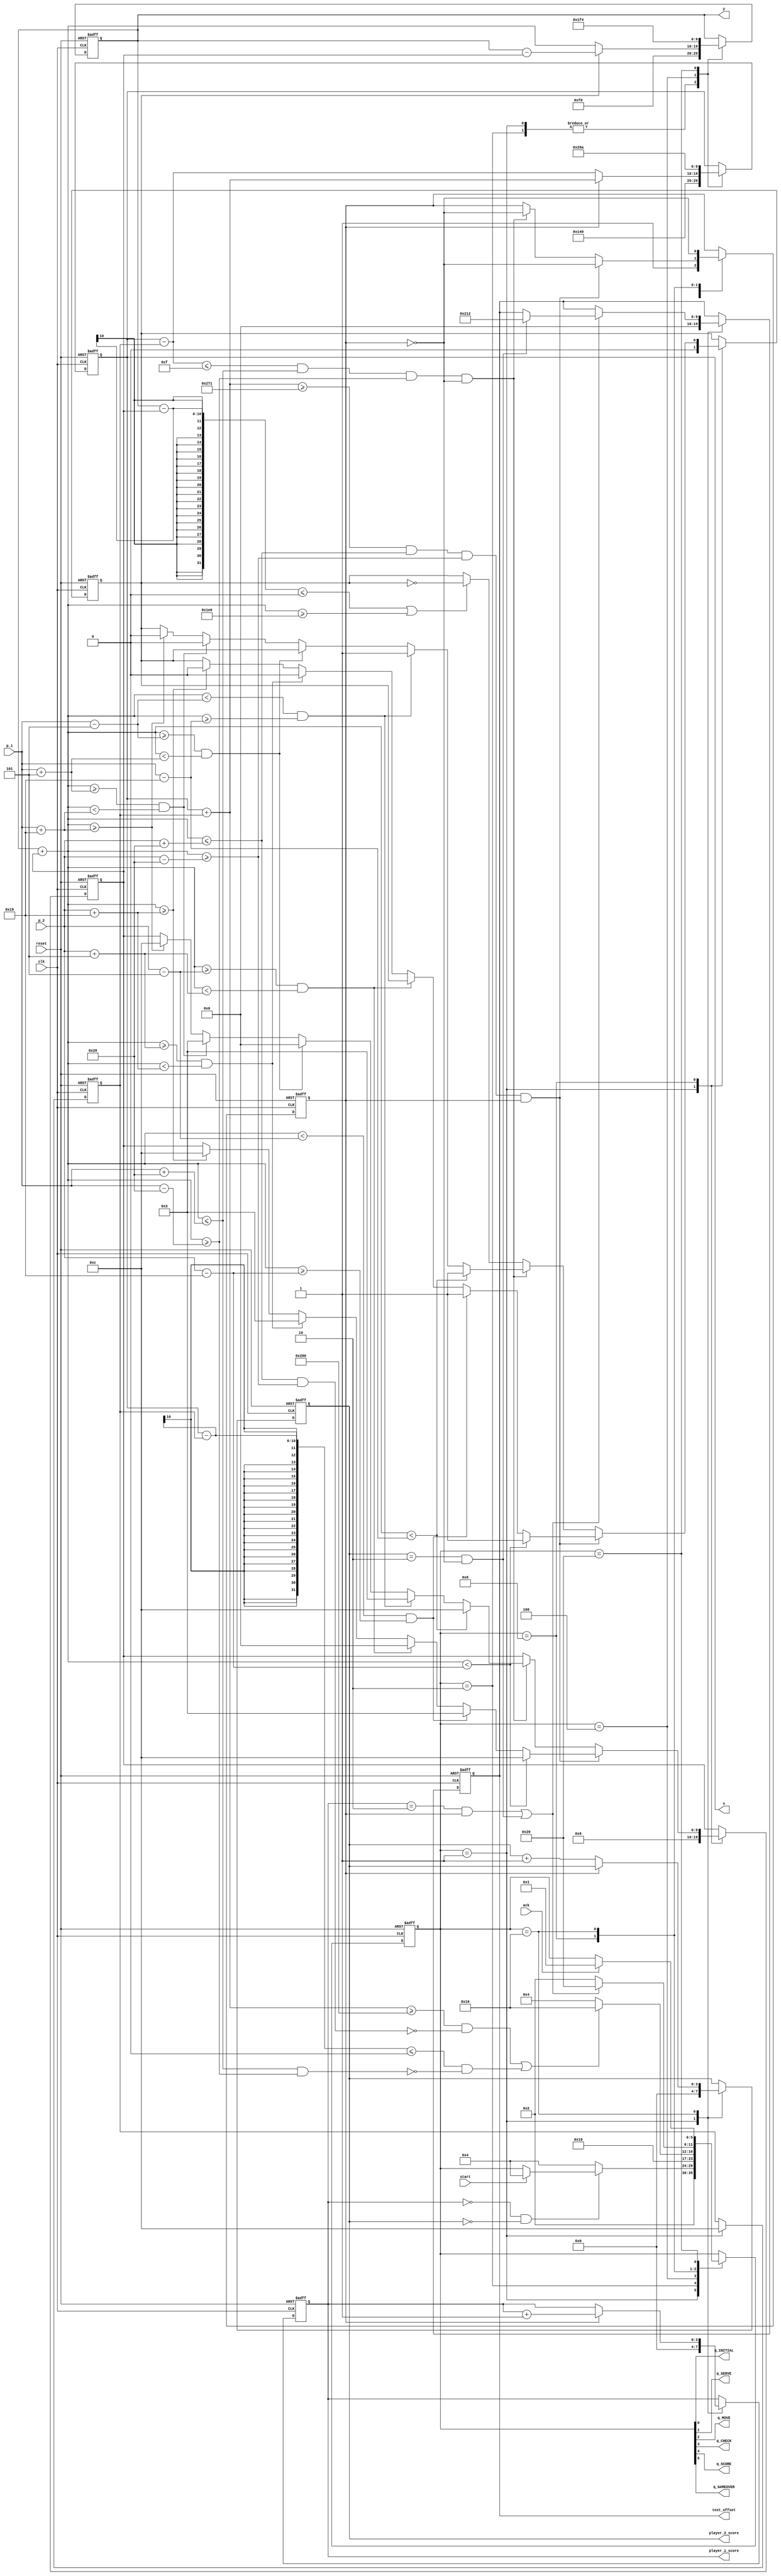
///////////////////////////////////////////////////////////////////////
///////		Description:	PONG State Machine					///////////
///////////////////////////////////////////////////////////////////////

`timescale 1ns/1ps

module pong_sm (clk, reset, start, ack, x, y,text_offset, player_1_score, player_2_score, p_1, p_2, q_INITIAL, q_SERVE, q_MOVE, q_CHECK, q_SCORE, q_GAMEOVER);

	//Inputs
	input clk, reset, start, ack;
	input [9:0] p_1;
	input [9:0] p_2;
	
	//Outputs
	
	output reg [9:0] x;
	output reg [9:0] y;
	output reg [3:0] player_1_score; 
	output reg [3:0] player_2_score; 
	output reg [9:0] text_offset;
	
	
	output q_INITIAL, q_SERVE, q_MOVE, q_CHECK, q_SCORE, q_GAMEOVER;
	reg [5:0] state;
	assign {q_GAMEOVER, q_SCORE, q_CHECK, q_MOVE, q_SERVE, q_INITIAL} = state;
	

	reg dx, dy;
	wire b1, b2, b3, b4, b5;
	wire s1, s2, s3, s4;
	
	reg [9:0] X_step;
	reg [9:0] Y_step;
	
	localparam
	//paddle size
	PWIDTH = 10'd15,
	PHEIGHT = 10'd40,
	
	//state assignment
	INITIAL = 6'b000001,
	SERVE = 6'b000010,
	MOVE	= 6'b000100,
	CHECK	= 6'b001000,
	SCORE		= 6'b010000,
	GAMEOVER	= 6'b100000;

	
	// bounce back conditions
	assign b1 = ( (x + X_step) >= (10'd640 - PWIDTH) ) &&  ( (y + Y_step) <= (p_2 + PHEIGHT) )  && ( ( (y + Y_step) >= (p_2 - PHEIGHT) ) ) ; // Ball traveling right
	assign b2 = ( (x - X_step) <= PWIDTH ) &&  ( (y + Y_step) <= (p_1 + PHEIGHT) )  && ( ( (y + Y_step) >= (p_1 - PHEIGHT) ) ) ; // Ball traveling left
	assign b3 = ( ( (y - Y_step) <= 0 ) || ( (y + Y_step) >= 10'd480 ) ) ; // Top and bottom walls
	
	// scoring conditions
	assign s1 = ( (x + X_step) >= (10'd640) ) && ~( ( (y + Y_step) <= (p_2 + PHEIGHT) )  && ( ( (y + Y_step) >= (p_2 - PHEIGHT) ) ) ) ; // player 1 scores
	assign s2 = ( (x - X_step) <= 0 ) &&  ~( ( (y + Y_step) <= (p_1 + PHEIGHT) )  && ( ( (y + Y_step) >= (p_1 - PHEIGHT) ) ) ); // player 2 scores
	
	
	//NSL AND SM
	always @ (posedge clk, posedge reset)
	begin: pong_SM
		if (reset)
		begin
			state <= INITIAL;
			player_1_score <= 1'bx;
			player_2_score <= 1'bx;
			x <= 10'dx; 
			y <= 10'dx; 
			dx <= 1'bx; 
			dy <= 1'bx; 
			X_step <= 10'dx;
			Y_step <= 10'dx;
			text_offset <= 10'dx;
		end
		else
			case (state)
				INITIAL:
				begin
					//NSL
					state <= SERVE;
					//RTL
					player_1_score <= 1'b0;
					player_2_score <= 1'b0;
					x <= 10'd320; //ball in the center
					y <= 10'd240; 
					dx <= 1; // ball goes right
					dy <= 0; // ball goes down
					X_step <= 10'd12;
					Y_step <= 10'd6;
					text_offset <= 10'd0;
				end
				SERVE:
				begin
					//NSL
					if ( ( player_1_score == 0 ) && (player_2_score == 0) )
						begin
							if (start)
								state <= MOVE;
						end
					else 
						state <= MOVE;
					//RTL
					x <= 10'd320; //ball in the center
					y <= 10'd240; 
				end
				MOVE:
				begin
					//NSL
					state <= CHECK;
					//RTL
					if (dx)
						x <= x + X_step;
					else
						x <= x - X_step;
					
					if (dy)
						y <= y - Y_step;
					else
						y <= y + Y_step;
				end
				CHECK:
				begin
					// NSL
					if ( s1 | s2  )
						state <= SCORE;
					else
						state <= MOVE;
						
					//RTL
					if ( (b1 & dx) ) // ball traveling right towards paddle 2
						begin
							dx <= ~dx;
							if ( (y + Y_step) < (p_2 - 10'd25) ) // top region of paddle
								begin
									Y_step <= 12;
									dy <= 1'b1;
								end
							else if ( ( (y + Y_step) < (p_2 - 10'd5) ) && ( (y + Y_step) >= (p_2 - 10'd25) ) ) // 2nd region
								begin
									Y_step <= 3;
									dy <= 1'b1;
								end
							else if ( ( (y + Y_step) >= (p_2 - 10'd5) ) && ( (y + Y_step) < (p_2 + 10'd5) ) ) // middle region
								Y_step <= 0;
							else if ( ( (y + Y_step) >= (p_2 + 10'd5) ) && ( (y + Y_step) < (p_2 + 10'd25) ) ) // 4th region
								begin
									Y_step <= 3;
									dy <= 1'b0;
								end
							else if ( (y + Y_step) >= (p_2 + 10'd25 ) ) // bottom region
								begin
									Y_step <= 12;
									dy <= 1'b0;
								end
						end
					else if ( (b2 & ~dx) ) // ball traveling left towards paddle 1
						begin
							dx <= ~dx;
							if ( (y + Y_step) < (p_1 - 10'd25) ) // top region of paddle
								begin
									Y_step <= 12;
									dy <= 1'b1;
								end
							else if ( ( (y + Y_step) < (p_1 - 10'd5) ) && ( (y + Y_step) >= (p_1 - 10'd25) ) ) // 2nd region
								begin
									Y_step <= 3;
									dy <= 1'b1;
								end
							else if ( ( (y + Y_step) >= (p_1 - 10'd5) ) && ( (y + Y_step) < (p_1 + 10'd5) ) ) // middle region
								Y_step <= 0;
							else if ( ( (y + Y_step) >= (p_1 + 10'd5) ) && ( (y + Y_step) < (p_1 + 10'd25) ) ) // 4th region
								begin
									Y_step <= 3;
									dy <= 1'b0;
								end
							else if ( (y + Y_step) >= (p_1 + 10'd25 ) ) // bottom region
								begin
									Y_step <= 12;
									dy <= 1'b0;
								end
						end
					else if ( b3 ) // top or bottom wall
						dy <= ~dy;
				end
				SCORE:
				begin
					//NSL
					if ( ( (player_1_score == 2'b10)& dx ) || ( (player_2_score == 2'b10)& ~dx ) )
						begin
						state <= GAMEOVER;
						if ((player_2_score == 2'b10) & ~dx)
							text_offset <= 10'd530;
						end
					else
						state <= SERVE;
					//RTL
					if ( dx )
						begin
							player_1_score <= player_1_score + 2'b01;
							dx <= ~dx;
						end
					else
						begin
							player_2_score <= player_2_score + 2'b01;
							dx <= ~dx;
						end
				end
				GAMEOVER:
				begin
					//NSL
					if (ack)
						state <= INITIAL;
						x <= 650; // make ball go out of screen
						y <= 500;
				end
			endcase
	end
endmodule